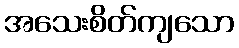
အသေးစိတ်ကျသော